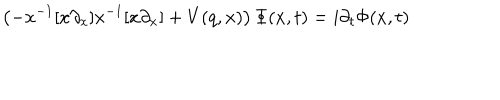
\left( - x ^ { - 1 } [ x \partial _ { x } ] x ^ { - 1 } [ x \partial _ { x } ] + V ( q , x ) \right) \Phi ( x , t ) = i \partial _ { t } \Phi ( x , t )